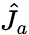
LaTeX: {\hat{J}}_{a}